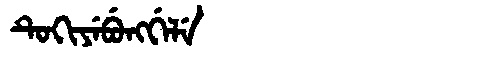
Manchu: ᡨᡠᡴᡳᠶᡝᠪᡠᠩᡤᡝᠯᡝ
Romanization: TUKIYEBUNGGELE